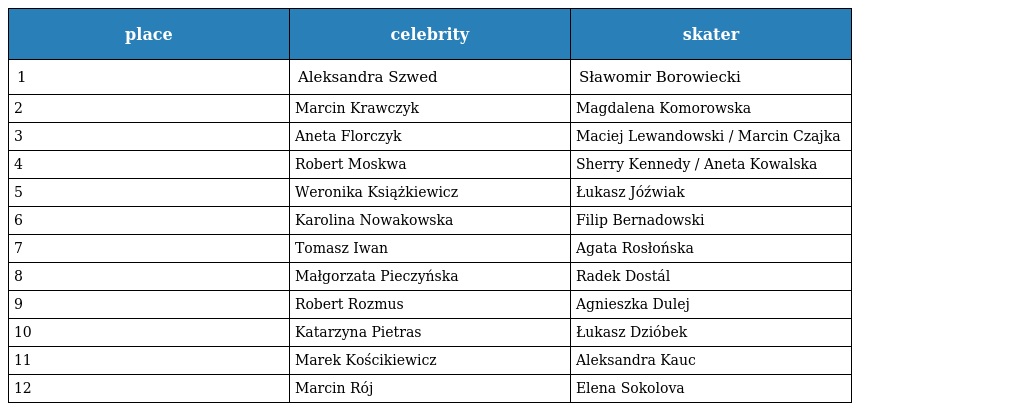
| place | celebrity | skater |
 | --- | --- | --- |
 | 1 | Aleksandra Szwed | Sławomir Borowiecki |
 | 2 | Marcin Krawczyk | Magdalena Komorowska |
 | 3 | Aneta Florczyk | Maciej Lewandowski / Marcin Czajka |
 | 4 | Robert Moskwa | Sherry Kennedy / Aneta Kowalska |
 | 5 | Weronika Książkiewicz | Łukasz Jóźwiak |
 | 6 | Karolina Nowakowska | Filip Bernadowski |
 | 7 | Tomasz Iwan | Agata Rosłońska |
 | 8 | Małgorzata Pieczyńska | Radek Dostál |
 | 9 | Robert Rozmus | Agnieszka Dulej |
 | 10 | Katarzyna Pietras | Łukasz Dzióbek |
 | 11 | Marek Kościkiewicz | Aleksandra Kauc |
 | 12 | Marcin Rój | Elena Sokolova |